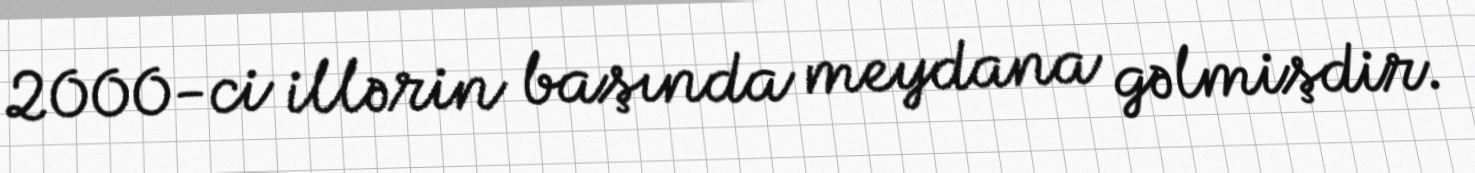
2000-ci illərin başında meydana gəlmişdir.